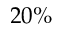
2 0 \%